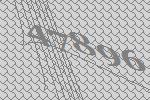
47896